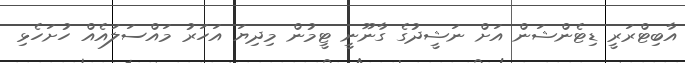
އާބިޓްރަރީ ޑިޓެންޝަން އަށް ނަޝީދުގެ ގާނޫނީ ޓީމުން މިދިޔަ އަހަރު މައްސަލައެއް ހުށަހެޅި